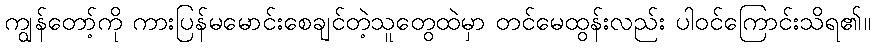
ကျွန်တော့်ကို ကားပြန်မမောင်းစေချင်တဲ့သူတွေထဲမှာ တင်မေထွန်းလည်း ပါဝင်ကြောင်းသိရ၏။